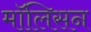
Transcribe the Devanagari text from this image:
मॉलिसन